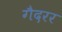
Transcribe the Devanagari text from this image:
गैदरर